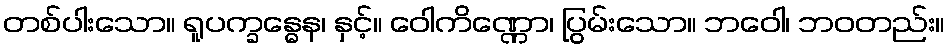
တစ်ပါးသော။ ရူပက္ခန္ဓေန၊ နှင့်။ ဝေါကိဏ္ဏော၊ ပြွမ်းသော။ ဘဝေါ၊ ဘဝတည်း။